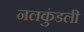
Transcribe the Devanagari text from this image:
नलकुंडली